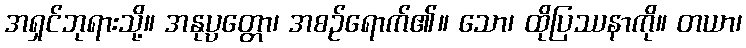
အရှင်ဘုရားသို့။ အနုပ္ပတ္တော၊ အစဉ်ရောက်၏။ သော၊ ထိုပြဿနာကို။ တယာ၊